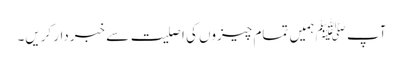
آپ ﷺ ہمیں تمام چیزوں کی اصلیت سے خبردار کریں۔